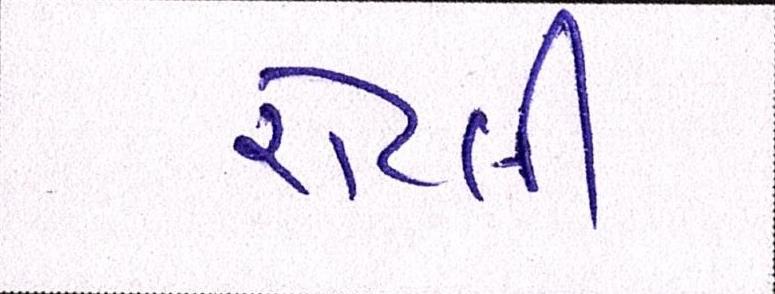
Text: રોટલી